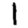
Digit: 1